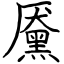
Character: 黡